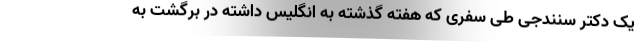
یک دکتر سنندجی طی سفری که هفته گذشته به انگلیس داشته در برگشت به